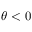
\theta < 0